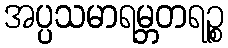
အပ္ပသမာရမ္ဘတရဉ္စ